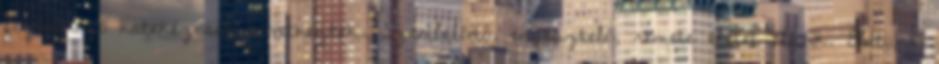
foglalkozó katekézisek következtek. Szemlélődő, engesztelő, remete életet élünk. Életünk